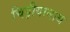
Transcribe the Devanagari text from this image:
चिड़ीयानाथ